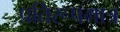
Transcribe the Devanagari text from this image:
प्रतिरूपमात्र